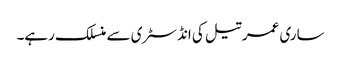
ساری عمر تیل کی انڈسٹری سے منسلک رہے۔